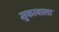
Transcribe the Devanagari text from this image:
मुकाबाला